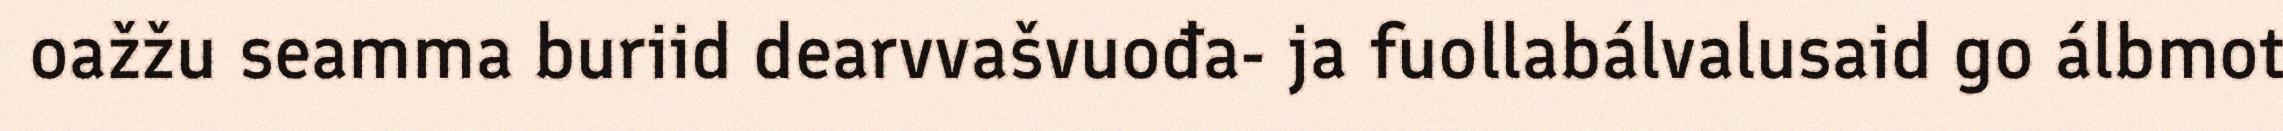
oažžu seamma buriid dearvvašvuođa- ja fuollabálvalusaid go álbmot